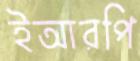
ইআরপি